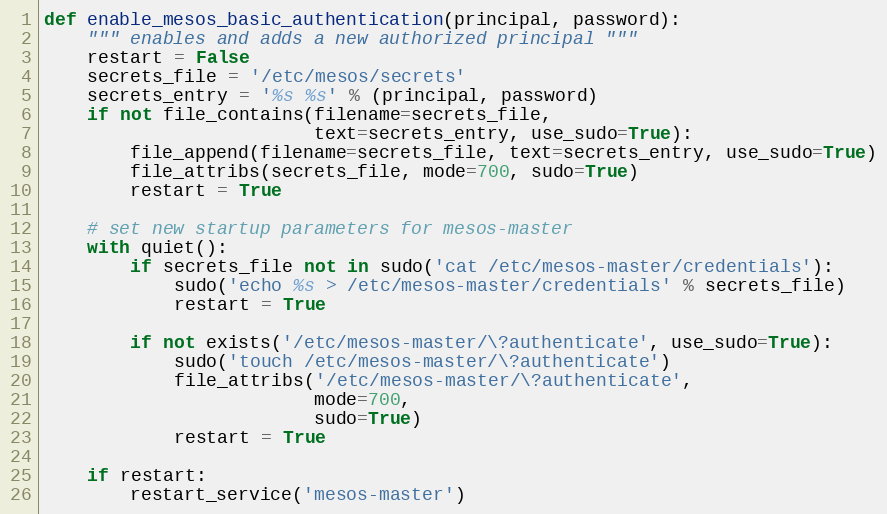
Language: Python
def enable_mesos_basic_authentication(principal, password):
    """ enables and adds a new authorized principal """
    restart = False
    secrets_file = '/etc/mesos/secrets'
    secrets_entry = '%s %s' % (principal, password)
    if not file_contains(filename=secrets_file,
                         text=secrets_entry, use_sudo=True):
        file_append(filename=secrets_file, text=secrets_entry, use_sudo=True)
        file_attribs(secrets_file, mode=700, sudo=True)
        restart = True

    # set new startup parameters for mesos-master
    with quiet():
        if secrets_file not in sudo('cat /etc/mesos-master/credentials'):
            sudo('echo %s > /etc/mesos-master/credentials' % secrets_file)
            restart = True

        if not exists('/etc/mesos-master/\?authenticate', use_sudo=True):
            sudo('touch /etc/mesos-master/\?authenticate')
            file_attribs('/etc/mesos-master/\?authenticate',
                         mode=700,
                         sudo=True)
            restart = True

    if restart:
        restart_service('mesos-master')